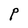
Character: P